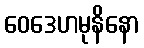
ဝေဒေဟမုနိနော